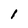
Character: 1